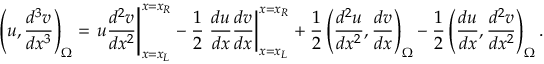
\left( u , \frac { d ^ { 3 } v } { d x ^ { 3 } } \right) _ { \Omega } = \left. u \frac { d ^ { 2 } v } { d x ^ { 2 } } \right| _ { x = x _ { L } } ^ { x = x _ { R } } - \frac { 1 } { 2 } \left. \frac { d u } { d x } \frac { d v } { d x } \right| _ { x = x _ { L } } ^ { x = x _ { R } } + \frac { 1 } { 2 } \left( \frac { d ^ { 2 } u } { d x ^ { 2 } } , \frac { d v } { d x } \right) _ { \Omega } - \frac { 1 } { 2 } \left( \frac { d u } { d x } , \frac { d ^ { 2 } v } { d x ^ { 2 } } \right) _ { \Omega } .